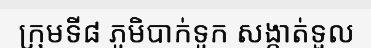
ក្រុមទី៨ ភូមិបាក់ទូក សង្កាត់ទួល